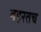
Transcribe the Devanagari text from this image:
बहरतच